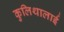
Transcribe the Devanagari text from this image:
कुलिथालाई